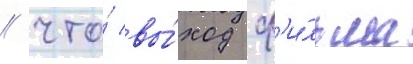
/ что́ вы́ход ф'и́льма